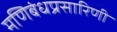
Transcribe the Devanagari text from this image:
मणिबंधप्रसारिणी